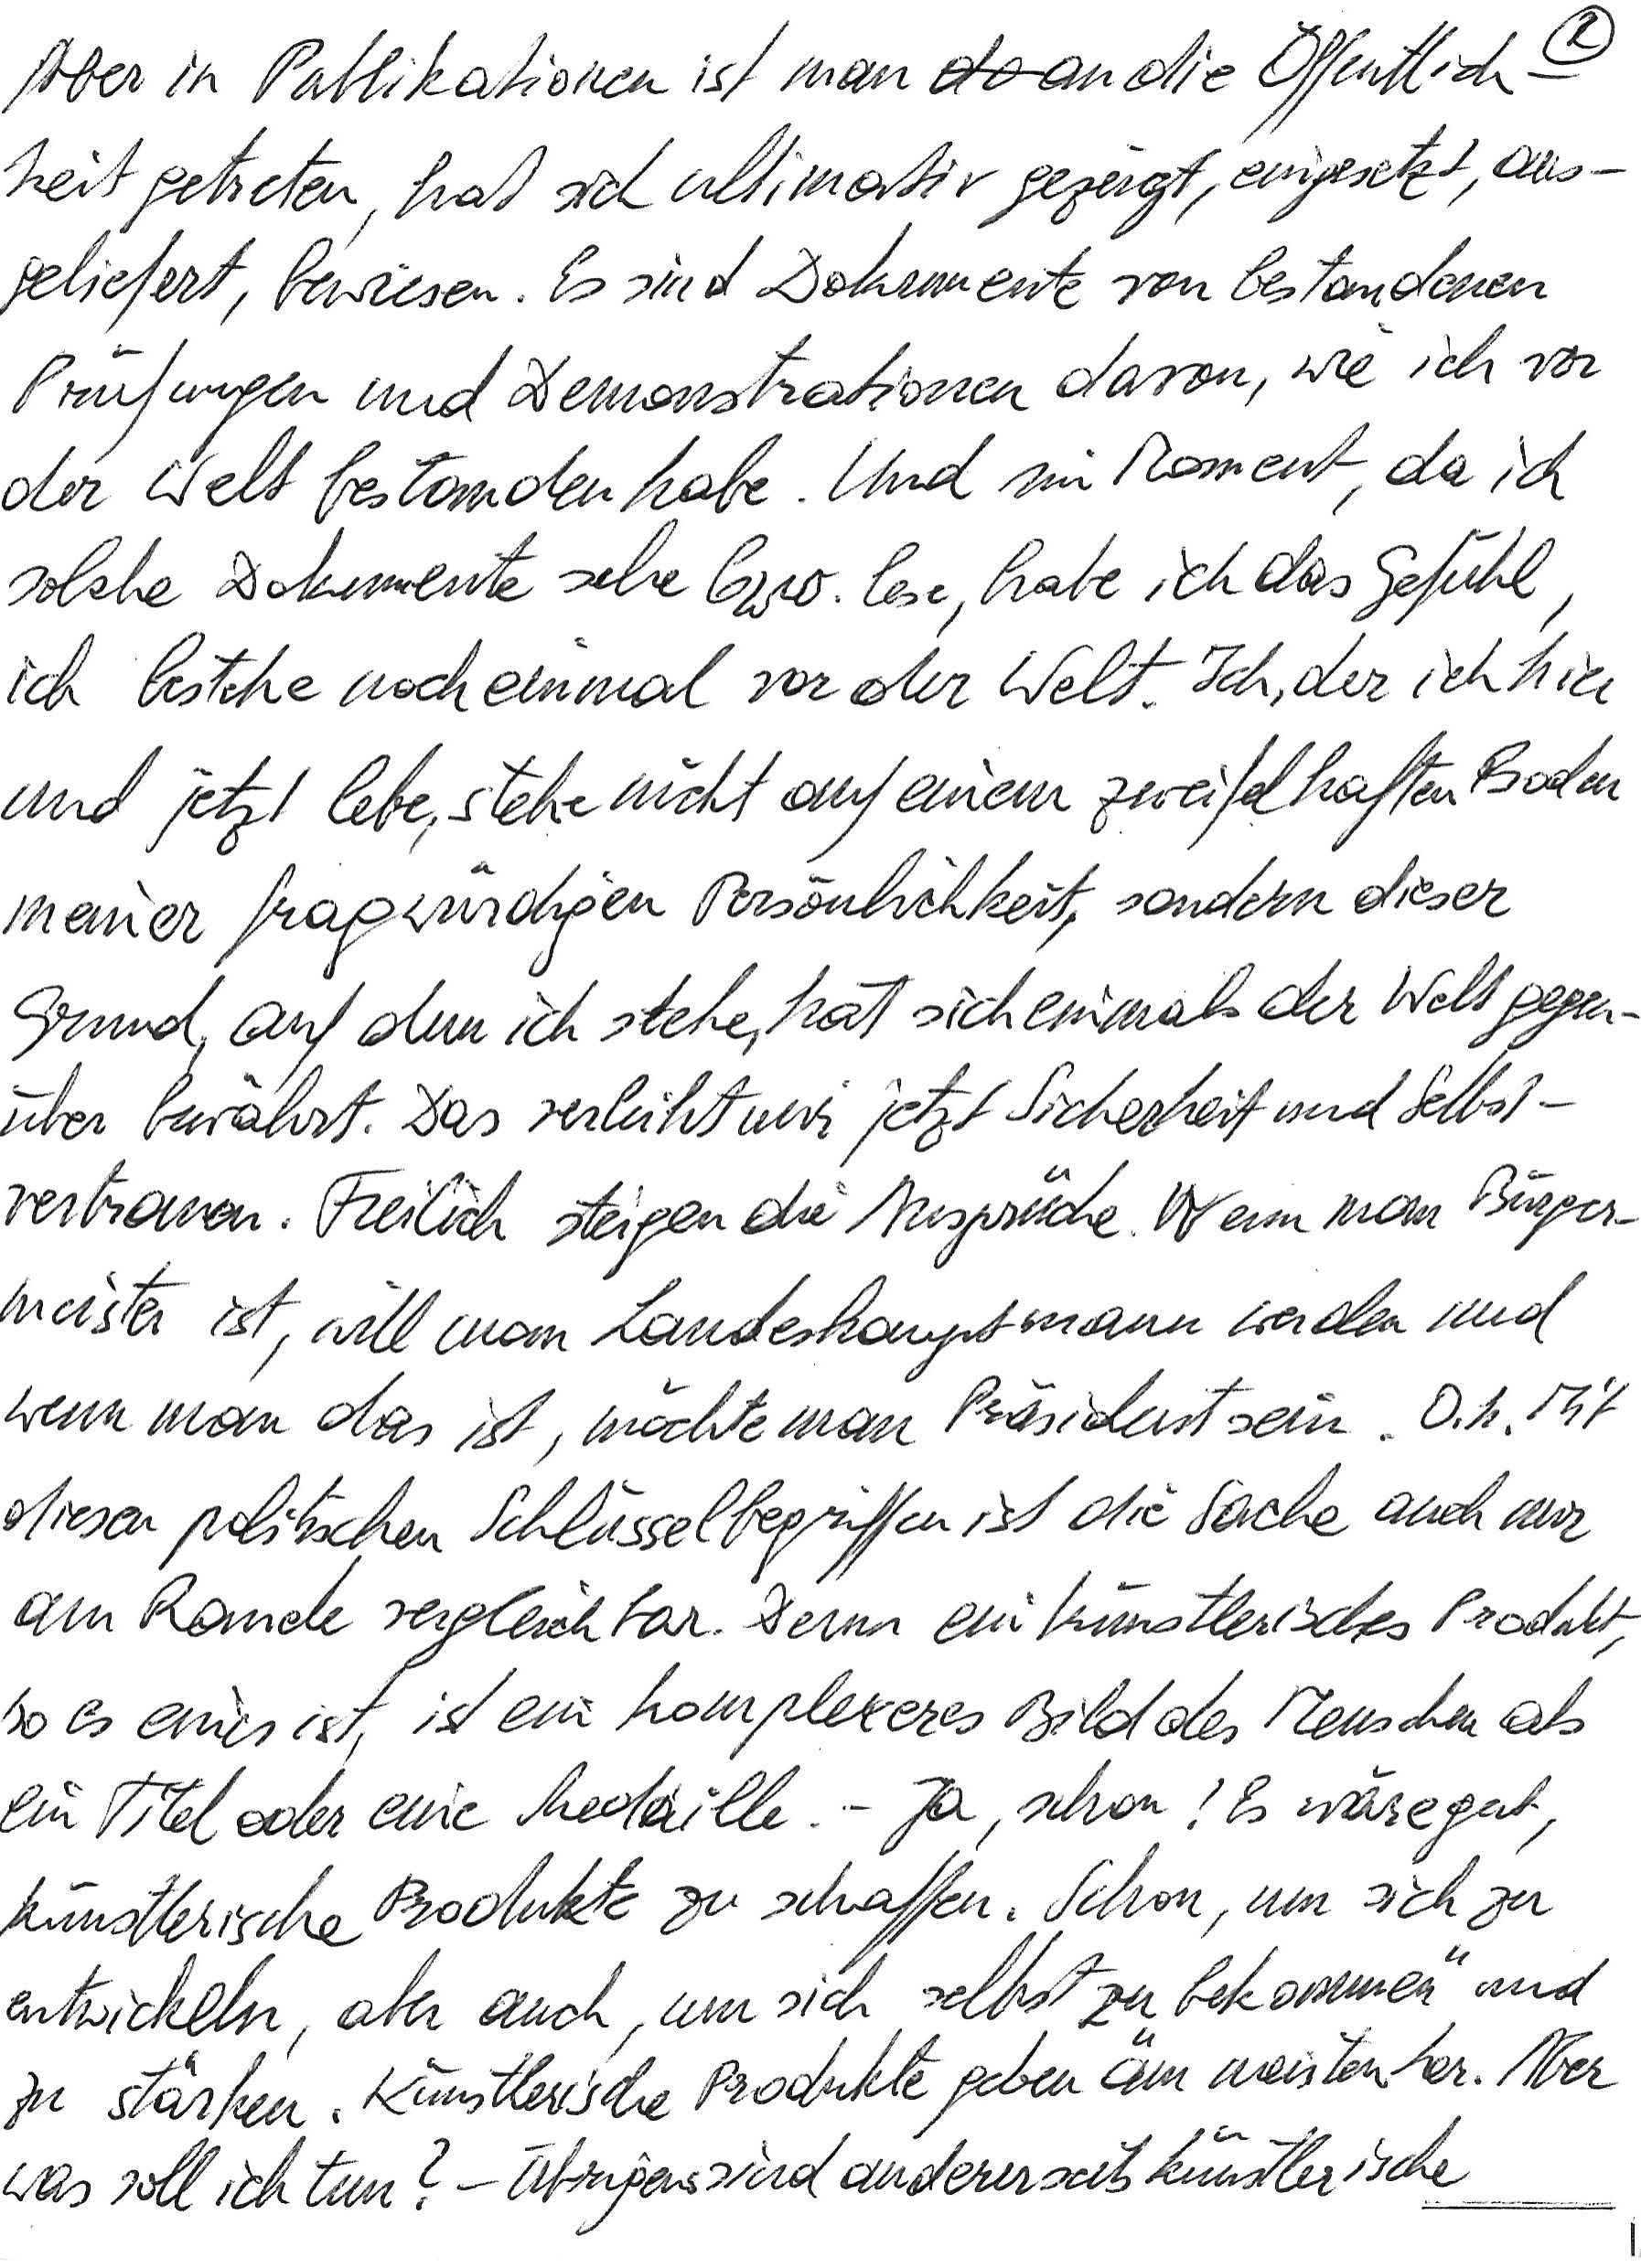
Aber in Publikationen ist man an die Öffentlich-
keit getreten, hat sich ultimativ gezeigt, eingesetzt, aus-
geliefert, bewiesen. Es sind Dokumente von bestandenen
Prüfungen und Demonstrationen davon, wie ich vor
der Welt bestanden habe. Und im Moment, da ich
solche Dokumente sehe bzw. lese, habe ich das Gefühl,
ich bestehe noch einmal vor der Welt. Ich, der ich hier
und jetzt lebe, stehe nicht auf einem zweifelhaften Boden
meiner fragwürdigen Persönlichkeit, sondern dieser
Grund, auf dem ich stehe, hat sich einmal der Welt gegen-
über bewährt. Das verleiht mir jetzt Sicherheit und Selbst-
vertrauen. Freilich steigen die Ansprüche. Wenn man Bürger-
meister ist, will man Landeshauptmann werden und
wenn man das ist, möchte man Präsident sein. O. k. Mit
diesen politischen Schlüsselbegriffen ist die Sache auch nur
am Rande vergleichbar. Denn ein künstlerisches Produkt,
so es eines ist, ist ein komplexeres Bild des Menschen als
ein Titel oder eine Medaille. – Ja, schon! Es wäre gut,
künstlerische Produkte zu schaffen. Schon, um sich zu
entwickeln, aber auch, um sich selbst zu „bekommen“ und
zu stärken. Künstlerische Produkte geben am meisten her. Aber
was soll ich tun? – Übrigens sind andererseits künstlerische